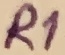
Text: R1